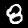
Label: 8